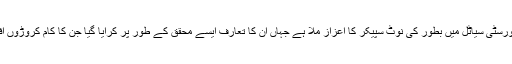
ڈاکٹر عمر سیف پہلے پاکستانی ہیں جنہیں واشنگٹن یونیورسٹی سیاٹل میں بطور کی نوٹ سپیکر کا اعزاز ملا ہے جہاں ان کا تعارف ایسے محقق کے طور پر کرایا گیا جن کا کام کروڑوں افراد کی زندگی بہتر بنانے میں اہم کردار ادا کر رہا ہے۔